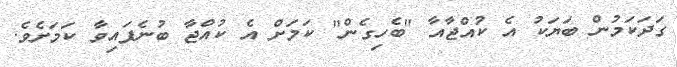
ގަދަކަމުން ބަޔަކު އެ ކުއްޖާއާ "ބެހިގެން" ކަމަށް އެ ކުއްޖާ ބުނެފައިވާ ކަމަށެވެ.